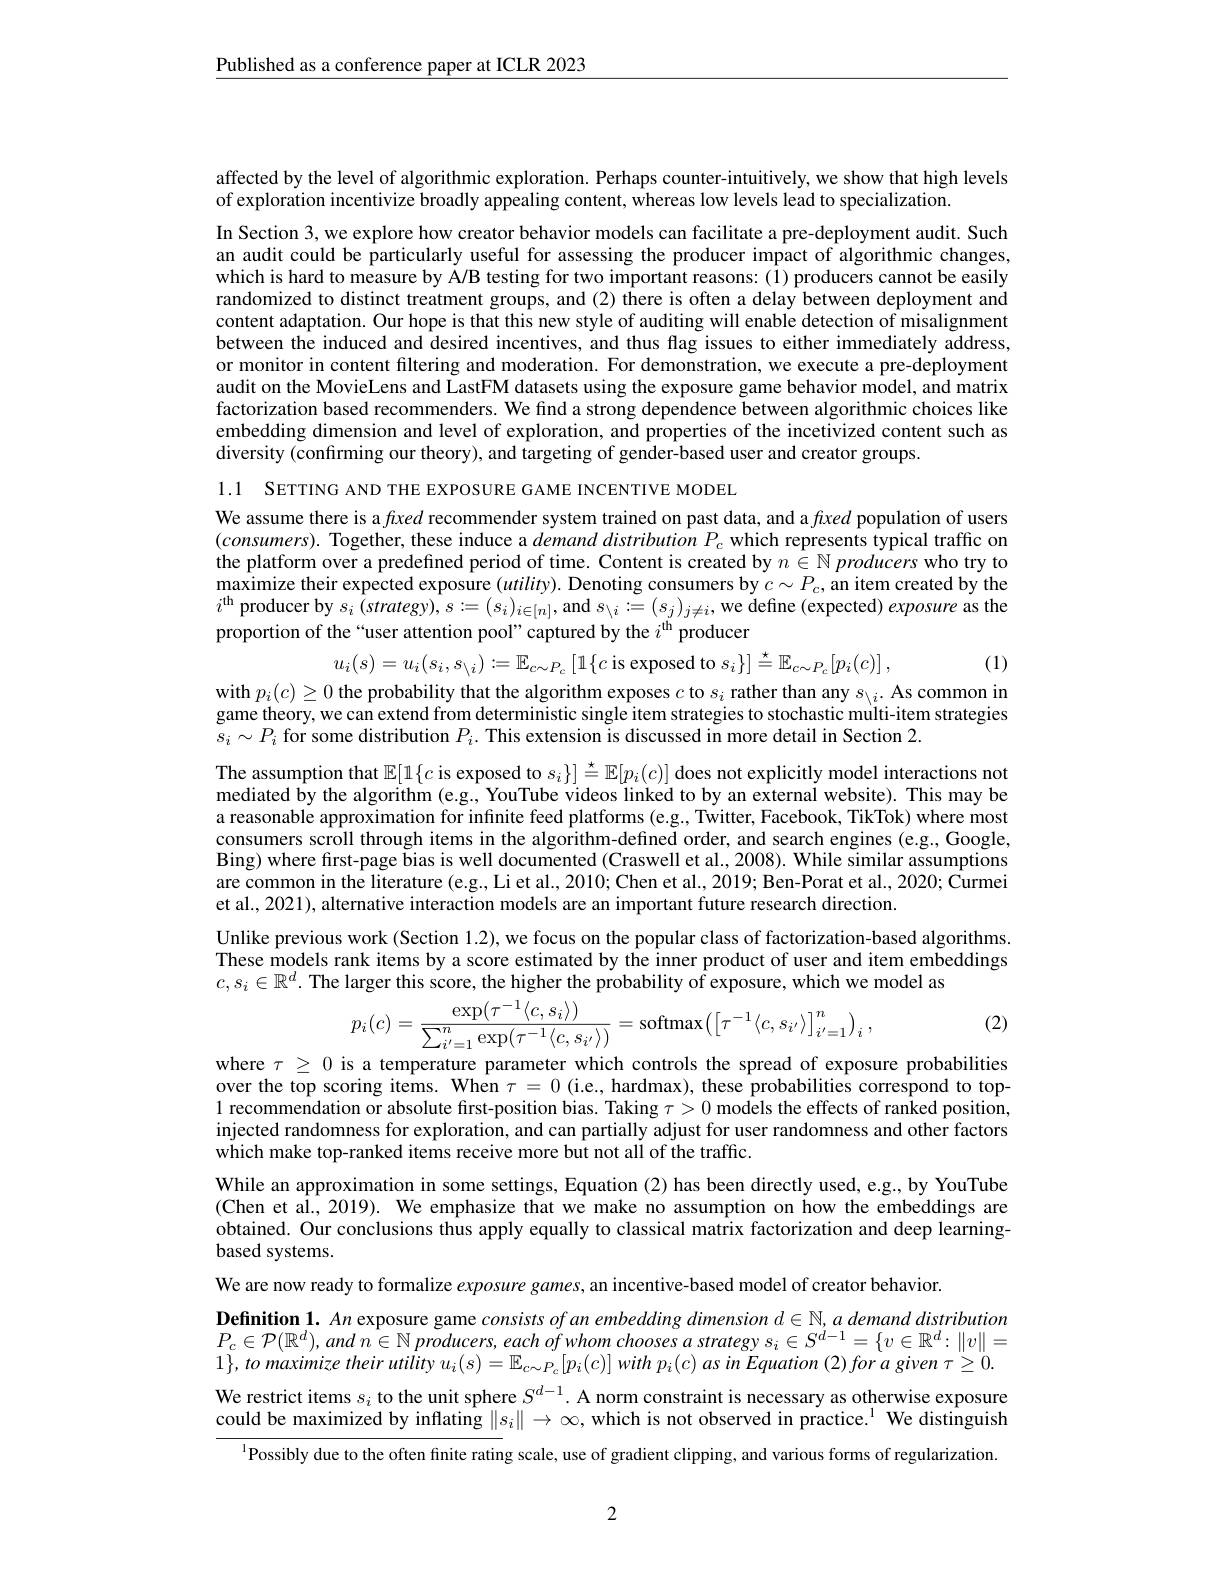
$\underline{\text{Published as a conference paper at ICLR 2023}}$

affected by the level of algorithmic exploration. Perhaps counter-intuitively, we show that high levels
of exploration incentivize broadly appealing content, whereas low levels lead to specialization

In Section 3, we explore how creator behavior models can facilitate a pre-deployment audit. Such an audit could be particularly useful for assessing the producer impact of algorithmic changes, which is hard to measure by A/B testing for two important reasons: (1) producers cannot be easily randomized to distinct treatment groups, and (2) there is often a delay between deployment and content adaptation. Our hope is that this new style of auditing will enable detection of misalignment between the induced and desired incentives, and thus flag issues to either immediately address, or monitor in content filtering and moderation. For demonstration, we execute a pre-deployment audit on the MovieLens and LastFM datasets using the exposure game behavior model, and matrix factorization based recommenders. We find a strong dependence between algorithmic choices like embedding dimension and level of exploration, and properties of the incetivized content such as diversity (confirming our theory), and targeting of gender-based user and creator groups.

1.1 SETTING AND THE EXPOSURE GAME INCENTIVE MODEL

We assume there is a fxed recommender system trained on past data, and a fxed population of users $(consumers).$ Together, these induce a $demand\textit{distribution }P_c$ which represents typical traffic on the platform over a predefined period of time. Content is created by $n\in \mathbb{N} \textit{producers who try to}$ maximize their expected exposure $(utility).$ Denoting consumers by $c\sim P_c$, an item created by the $i^{\mathrm{th}}$ producer by $s_i(strategy),s:=(s_{i})_{i\in[n]}$, and $s_\backslash i:=(s_{j})_{j\neq i}$, we define (expected) exposure as the proportion of the“user attention pool”captured by the $i^\mathrm{th}$ producer

(1)

$u_{i}(s)=u_{i}(s_{i},s_{\setminus i}):=\mathbb{E}_{c\sim P_{c}}\left[\mathbb{1}\{c\text{ is exposed to }s_{i}\}\right]\stackrel{\star}{=}\mathbb{E}_{c\sim P_{c}}[p_{i}(c)]$,

with $p_i(c)\geq0$ the probability that the algorithm exposes $c$ to $s_i$ rather than any $s_\backslash i.$ As common in game theory, we can extend from deterministic single item strategies to stochastic muilti-item strategies $s_i\sim P_i$ for some distribution $P_i.$ This extension is discussed in more detail in Section 2.
The assumption that $\mathbb{E}[1\{c$ is exposed to $s_i\}]\overset{\star}{\operatorname*{=}}\mathbb{E}[p_i(c)]$ does not explicitly model interactions not mediated by the algorithm (e.g., YouTube videos linked to by an external website). This may be a reasonable approximation for infinite feed platforms (e.g., Twitter, Facebook, TikTok) where most consumers scroll through items in the algorithm-defined order, and search engines (e.g., Google, Bing) where first-page bias is well documented (Craswell et al., 2008). While similar assumptions are common in the literature (e.g., Li et al., 2010; Chen et al., 2019; Ben-Porat et al., 2020; Curmei et al., 2021), alternative interaction models are an important future research direction.
Unlike previous work (Section 1.2), we focus on the popular class of factorization-based algorithms.

These models rank items by a score estimated by the inner product of user and item embeddings
$c,s_i\in\mathbb{R}^d.$ The larger this score, the higher the probability of exposure, which we model as
$$p_{i}(c)=\frac{\exp(\tau^{-1}\langle c,s_{i}\rangle)}{\sum_{i'=1}^{n}\exp(\tau^{-1}\langle c,s_{i'}\rangle)}=\mathrm{softmax}\left(\left[\tau^{-1}\langle c,s_{i'}\rangle\right]_{i'=1}^{n}\right)_{i},$$
(2)

where $\tau\geq0$ is a temperature parameter which controls the spread of exposure probabilities

over the top scoring items. When $\tau=0$ (i.e., hardmax), these probabilities correspond to top- 1 recommendation or absolute first-position bias. Taking $\tau>0$ models the effects of ranked position, injected randomness for exploration, and can partially adjust for user randomness and other factors which make top-ranked items receive more but not all of the traffic.

While an approximation in some settings, Equation (2) has been directly used, e.g., by YouTube (Chen et al., 2019). We emphasize that we make no assumption on how the embeddings are obtained. Our conclusions thus apply equally to classical matrix factorization and deep learningbased systems.
We are now ready to formalize exposure games, an incentive-based model of creator behavior.
$\textbf{Definition 1. An exposure game consists of an embedding dimension }d\in \mathbb{N} , a$ demand distribution $P_{c}\in \mathcal{P} ( \mathbb{R} ^{d}) , and$ $n\in \mathbb{N}$ $producers$, each ofwhom chooses $a$ strategy $s_{i}\in S^{d- 1}= \{ v\in \mathbb{R} ^{d}: \| v\| =$ $1\},to$ maximize their utility $u_i( s) = \mathbb{E} _{c\sim P_{c}}[ p_{i}( c) ] with$ $p_{i}( c)$ as in Equation (2)for a given $\tau\geq0.$ We restrict items $s_i$ to the unit sphere $S^d-1.$ A norm constraint is necessary as otherwise exposure could be maximized by inflating $\|s_i\|\to\infty$, which is not observed in practice.$^1$We distinguish
$^{\mathrm{l}}$Possibly due to the often finite rating scale, use of gradient clipping, and various forms of regularization.

2